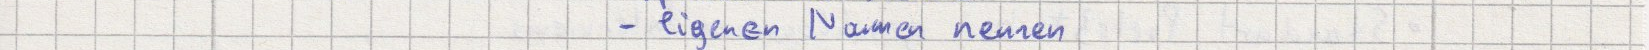
- eigenen Namen nennen